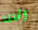
الحلقة